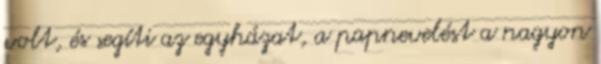
volt, és segíti az egyházat, a papnevelést a nagyon